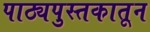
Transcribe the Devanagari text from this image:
पाठ्यपुस्तकातून